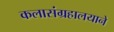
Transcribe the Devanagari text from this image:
कलासंग्रहालयाने